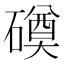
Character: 磸